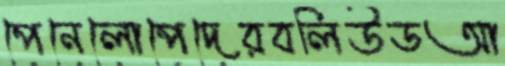
পেনেলোপেদেরবলিউডআ